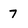
Character: 7